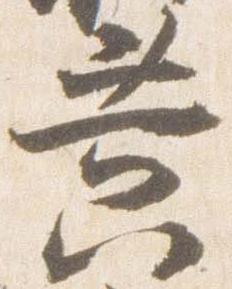
黄